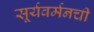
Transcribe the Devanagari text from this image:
सूर्यवर्मनची